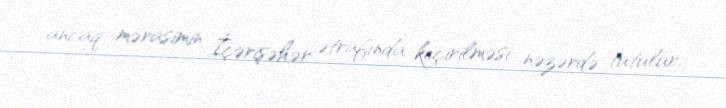
ancaq mərasimin İçərişəhər ətrafında keçirilməsi nəzərdə tutulur.